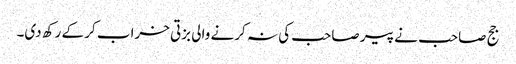
جج صاحب نے پیر صاحب کی نہ کرنے والی بزتی خراب کر کے رکھ دی۔